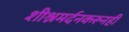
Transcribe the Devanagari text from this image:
शीश्नमर्दनकरूनही